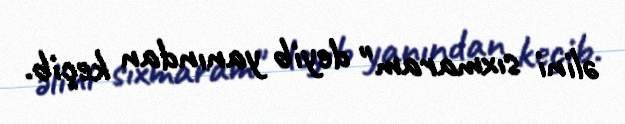
əlini sıxmaram" deyib yanından keçib.